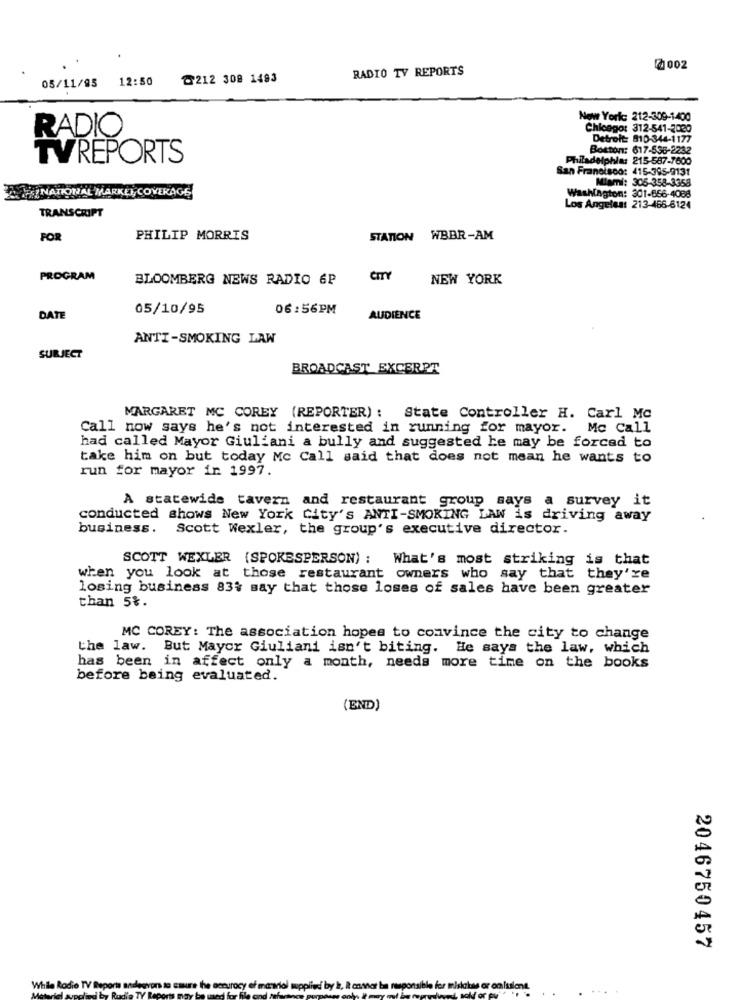
RADIO TV REPORTS
à002
12:50
₾212 308 1483
05/11/95
New York: 212-309-1400
RADIO
Chicago: 312-541-2020
Detroit: 810-344-1177
Boston: 617-536-2232
TVREPORTS
Philadelphia: 215-587-7600
San Francisco: 415-395-9131
Mami: 305-358-3358
NATIONAL MARKET, COVERAGE
Washington: 301-656-4088
Los Angeles: 213-466-6124
TRANSCRIPT
FOR
PHILIP MORRIS
STATION WBBR-AM
PROGRAM
BLOOMBERG NEWS RADIO 6P
CITY
NEW YORK
05/10/95
06:56PM
DATE
AUDIENCE
ANTI-SMOKING LAW
SUBJECT
BROADCAST EXCERPT
MARGARET MC COREY (REPORTER) : State Controller H. Carl Mc
Call now says he's not interested in running for mayor. Mc Call
had called Mayor Giuliani a bully and suggested he may be forced to
take him on but today Mc Call said that does not mean he wants to
run for mayor in 1997.
A statewide tavern and restaurant group says a survey it
conducted shows New York City's ANTI-SMOKING LAW is driving away
business. Scott Wexler, the group's executive director.
SCOTT WEXLER (SPOKESPERSON) : What's most striking is that
when you look at those restaurant owners who say that they're
losing business 83% say that those loses of sales have been greater
than 5%.
MC COREY: The association hopes to convince the city to change
the law. But Mayor Giuliani isn't biting. He says the law, which
has been in affect only a month, needs more time on the books
before being evaluated.
(END)
2046750457
While Radio TV Report andesvon to
....